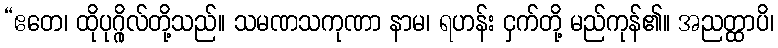
“ဧတေ၊ ထိုပုဂ္ဂိုလ်တို့သည်။ သမဏသကုဏာ နာမ၊ ရဟန်း ငှက်တို့ မည်ကုန်၏။ အညတ္ထာပိ၊